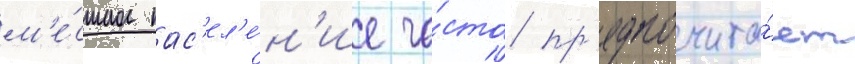
м'е́стное нас'ел'е́н'ие ча́сто пр'едпочита́ет